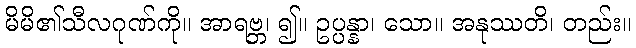
မိမိ၏သီလဂုဏ်ကို။ အာရဗ္ဘ၊ ၍။ ဥပ္ပန္နာ၊ သော။ အနုဿတိ၊ တည်း။